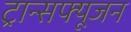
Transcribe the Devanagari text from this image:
ट्रान्सफ्यूजन